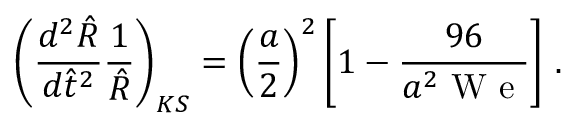
\left( \frac { d ^ { 2 } \hat { R } } { d \hat { t } ^ { 2 } } \frac { 1 } { \hat { R } } \right) _ { K S } = \left( \frac { a } { 2 } \right) ^ { 2 } \left[ 1 - \frac { 9 6 } { a ^ { 2 } \mathrm { ~ W ~ e ~ } } \right] \, .